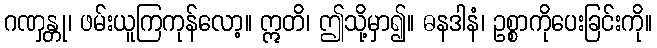
ဂဏှန္တု၊ ဖမ်းယူကြကုန်လော့။ ဣတိ၊ ဤသို့မှာ၍။ ဓနဒါနံ၊ ဥစ္စာကိုပေးခြင်းကို။